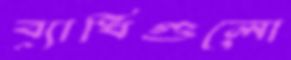
ব্যাধিগুলো